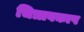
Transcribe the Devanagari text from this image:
चित्रावकाष